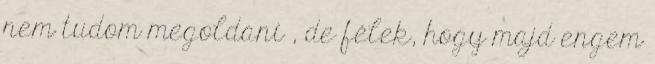
nem tudom megoldani , de félek, hogy majd engem